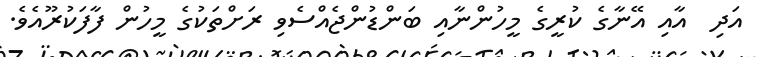
އަދި  އާއި އޭނާގެ ކުރީގެ މީހުންނާއި ބަންޑުންޖެއްސެވި ރަށްތަކުގެ މީހުން ފާފަކުރޫއެވެ.